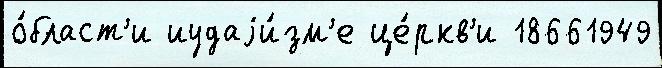
о́бласт'и иудаjи́зм'е це́ркв'и 18661949